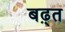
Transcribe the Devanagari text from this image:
बढ़्त